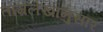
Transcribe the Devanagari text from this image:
ताम्रलेखानुसार